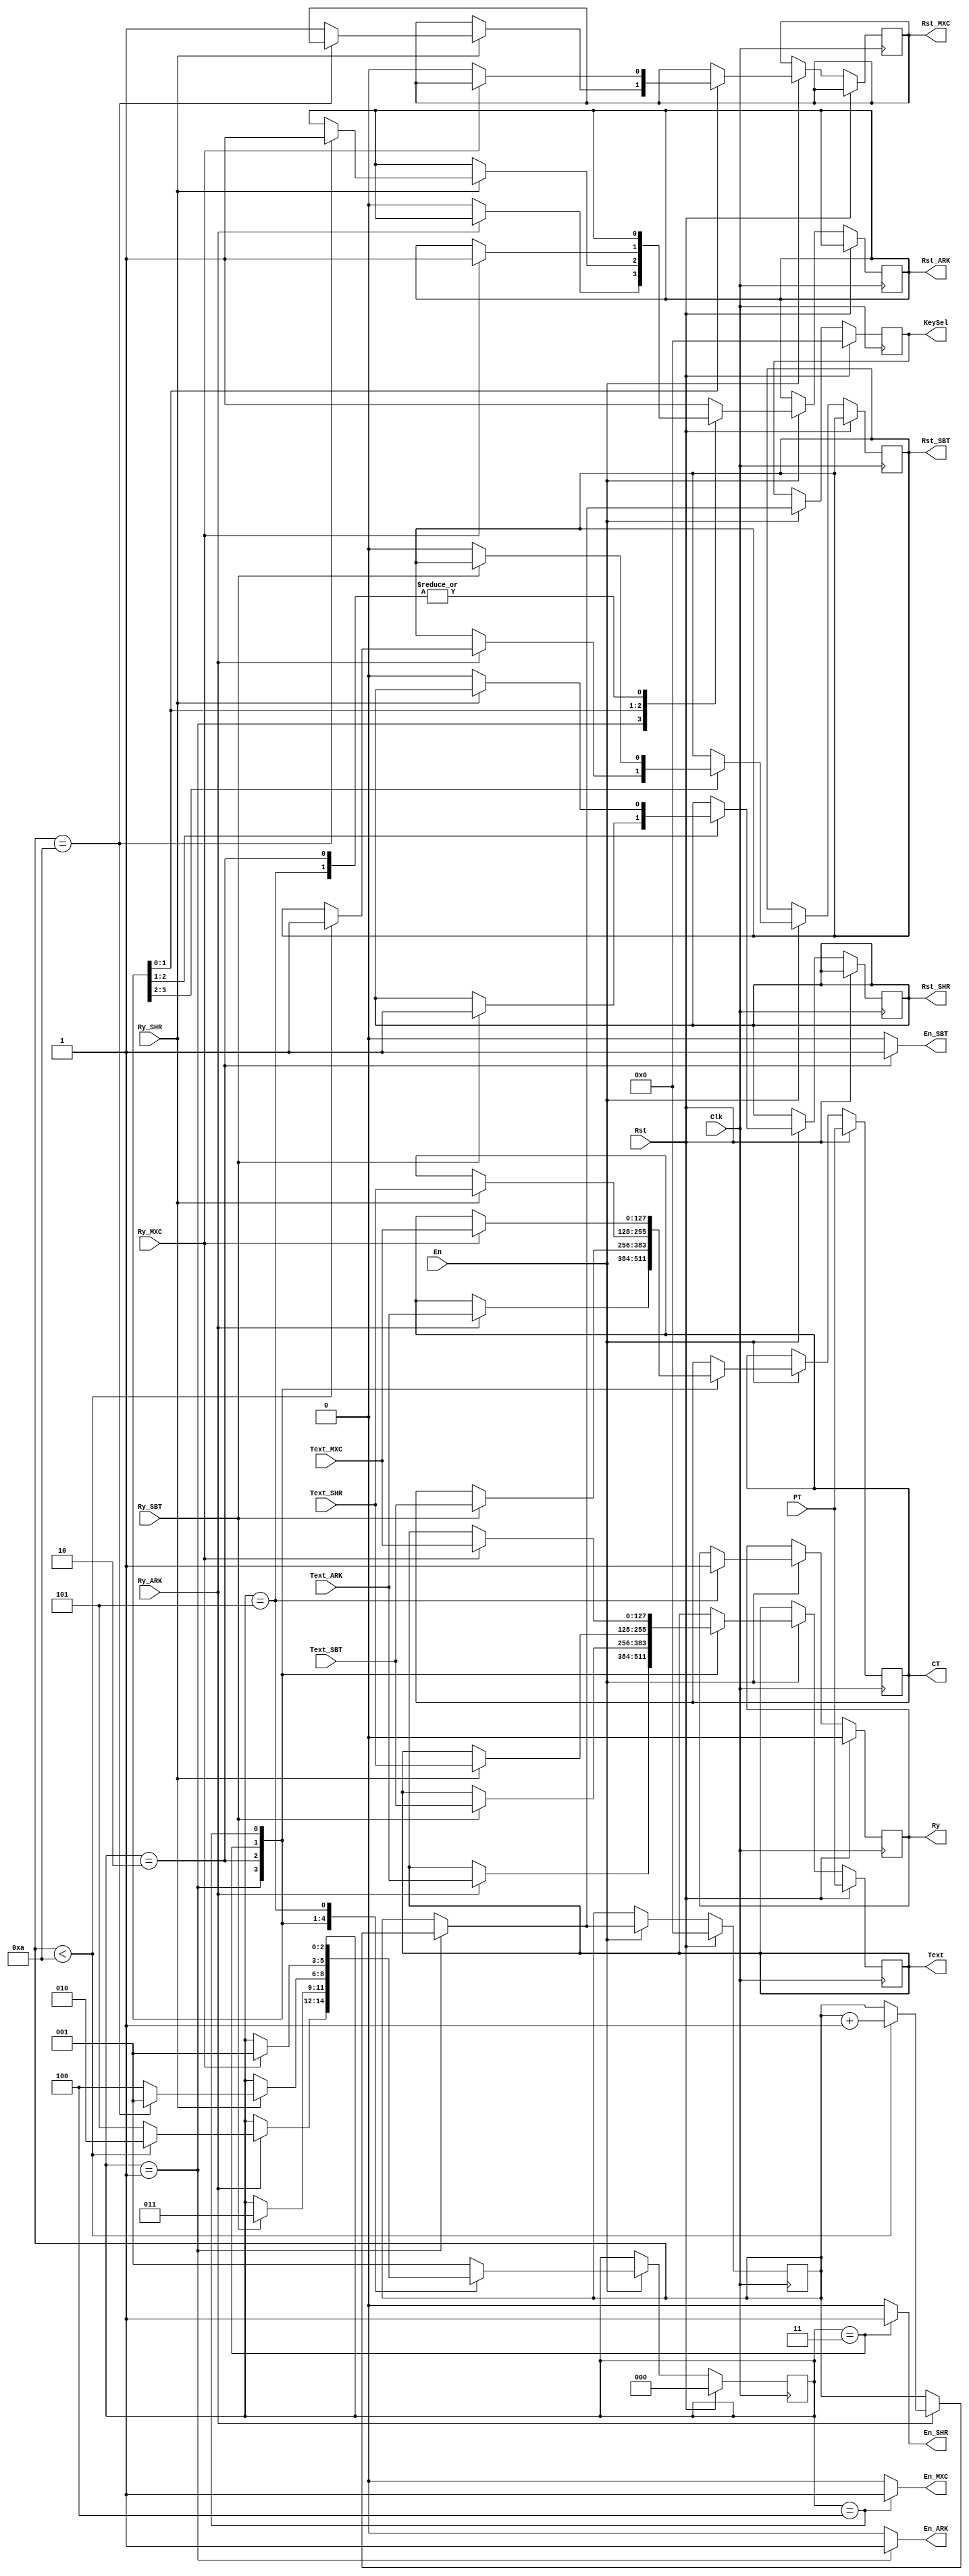
`timescale 1ns / 1ps
//////////////////////////////////////////////////////////////////////////////////
// Company: 
// Engineer: 
// 
// Design Name: 
// Module Name:    StateMachine 
// Project Name: 
// Target Devices: 
// Tool versions: 
// Description: 
//
// Dependencies: 
//
// Revision: 
// Revision 0.01 - File Created
// Additional Comments: 
//
//////////////////////////////////////////////////////////////////////////////////
module StateMachine(
    input Rst,
    input Clk,
    input En,
    input [127:0] PT,
    output reg [127:0] CT,
    output reg En_ARK,
    output reg En_SBT,
    output reg En_SHR,
    output reg En_MXC,
    output reg Rst_ARK,
    output reg Rst_SBT,
    output reg Rst_SHR,
    output reg Rst_MXC,
    input Ry_ARK,
    input Ry_SBT,
    input Ry_SHR,
    input Ry_MXC,
    output reg [127:0]  Text,
    input [127:0] Text_ARK,
    input [127:0] Text_SBT,
    input [127:0] Text_SHR,
    input [127:0] Text_MXC,
    output reg [3:0]    KeySel,
    output reg          Ry
    );

    localparam
        Begin     		= 3'b000,
        AddRoundKey     = 3'b001,
        SubBytes  		= 3'b010,
        ShiftRows 		= 3'b011,
        MixCols	 		= 3'b100,
        End				= 4'b101;	// localparam ends here


   reg  [3:0] Round;
	reg  [2:0] pres_state;


	// Finite State Machine Section (State Diagram)
	always @(negedge Clk)
	begin
       if(Rst)
       begin
            Round       = 0;
			KeySel      = 0;
            pres_state  = Begin;
            Ry          = 0;
            Text        = PT;
			CT          = PT;
		end
		else if(En)
		begin
            case(pres_state)
					Begin: begin
                    Rst_ARK = 1;
                    pres_state = AddRoundKey;
                end
                AddRoundKey : begin
                    if  (Ry_ARK) begin
                        Text = Text_ARK;
                        CT = Text_ARK;

                        if(Round < 10) begin
                            Rst_SBT = 1;
                            Round = Round + 4'b0001;
									 pres_state = SubBytes;
                        end
                        else begin
                            pres_state = End;
                        end
                    end
                    else begin
                        Rst_ARK = 0;
                    end
                end
                SubBytes 	: 	begin
                    if  (Ry_SBT) begin
                        Rst_SHR = 1;
                        Text = Text_SBT;
								CT = Text_SBT;
								pres_state = ShiftRows;
                    end
                    else begin
                        Rst_SBT = 0;
                    end
                end
                ShiftRows 	:  begin
                    if  (Ry_SHR) begin
                        Text = Text_SHR;
								CT = Text_SHR;
                        if(Round == 10) begin
                            Rst_ARK = 1;
                            pres_state = AddRoundKey;
                        end
                        else begin
                            Rst_MXC = 1;
                            pres_state = MixCols;
                        end
                    end
                    else begin
                        Rst_SHR = 0;
                    end
                end
                MixCols 		: 	begin
                    if  (Ry_MXC) begin
                        Text = Text_MXC;
								CT = Text_MXC;
                        Rst_ARK = 1;
                        pres_state = AddRoundKey;
                    end
                    else begin
                        Rst_MXC = 0;
                    end
                end
                End 		:  begin
                    Ry = 1;
                end
                default: begin
                    Rst_ARK = 1;
                    pres_state = AddRoundKey;
                end
            endcase
				
				KeySel      = Round;
        end
    end


    always @(pres_state)
    begin
        case (pres_state)
            Begin 			: begin En_ARK = 0; En_SBT = 0; En_SHR = 0;	En_MXC = 0; end
            AddRoundKey 	: begin En_ARK = 1; En_SBT = 0; En_SHR = 0;	En_MXC = 0;	end
            SubBytes  	   : begin En_ARK = 0; En_SBT = 1; En_SHR = 0;	En_MXC = 0;	end
            ShiftRows  	   : begin En_ARK = 0; En_SBT = 0; En_SHR = 1;	En_MXC = 0; end
            MixCols  		: begin En_ARK = 0; En_SBT = 0; En_SHR = 0;	En_MXC = 1; end
            End 			   : begin En_ARK = 0; En_SBT = 0; En_SHR = 0;	En_MXC = 0; end
				default        : begin En_ARK = 0; En_SBT = 0; En_SHR = 0;	En_MXC = 0; end
        endcase
    end

endmodule